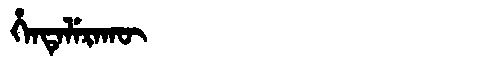
Manchu: ᡥᡝᠨᡨᡝᠯᡝᡵᠠᡴᡡ
Romanization: HENTELERAKŪ